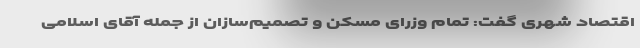
اقتصاد شهری گفت: تمام وزرای مسکن و تصمیم‌سازان از جمله آقای اسلامی